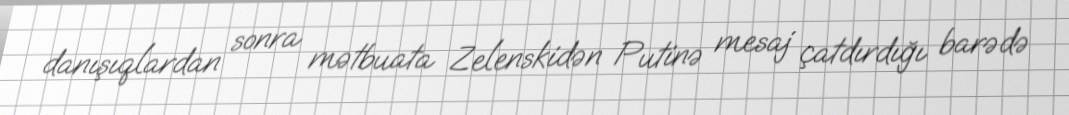
danışıqlardan sonra mətbuata Zelenskidən Putinə mesaj çatdırdığı barədə